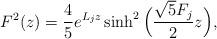
LaTeX: \begin{align*}F^2(z) = \frac{4}{5} e^{L_j z}\sinh^2 \Big ( \frac{\sqrt{5}F_j}{2} z\Big), \end{align*}